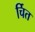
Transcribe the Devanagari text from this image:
र्चित